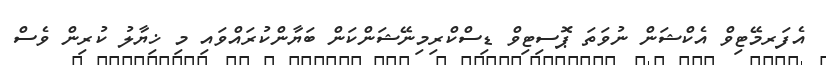
އެފަރމޭޓިވް އެކްޝަން ނުވަތަ ޕޮސިޓިވް ޑިސްކްރިމިނޭޝަންކަން ބަޔާންކުރައްވައި މި ޚިޔާލު ކުރިން ވެސް